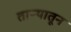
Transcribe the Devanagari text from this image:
ताऱ्यातून